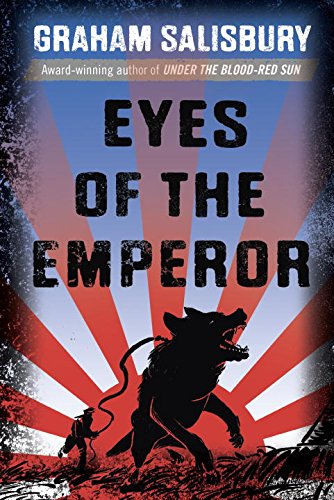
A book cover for Eyes of the Emperor; Graham Salisbury; Teen & Young Adult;